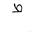
Letter: _da